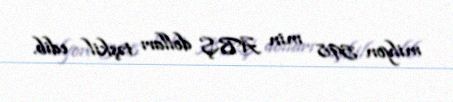
milyon 598 min ABŞ dolları təşkil edib.